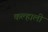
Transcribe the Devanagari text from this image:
कल्हाली